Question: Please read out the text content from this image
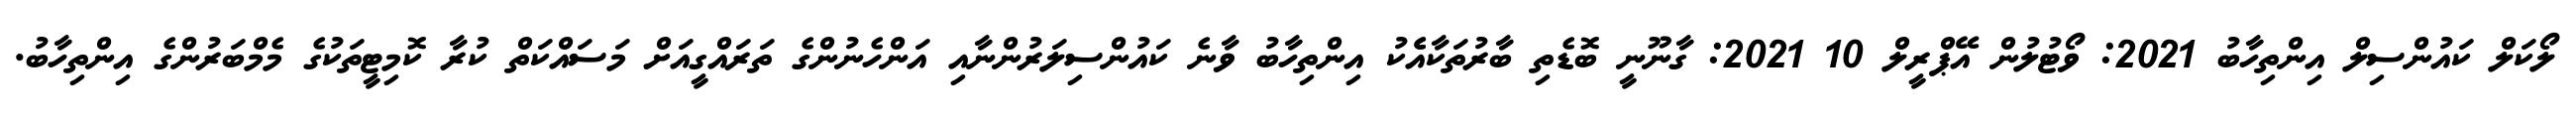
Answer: ލޯކަލް ކައުންސިލް އިންތިހާބު 2021: ވޯޓުލުން އޭޕްރީލް 10 2021: ގާނޫނީ ބޮޑެތި ބާރުތަކާއެެކު އިންތިހާބު ވާނެ ކައުންސިލަރުންނާއި އަންހެނުންގެ ތަރައްގީއަށް މަސައްކަތް ކުރާ ކޮމިޓީތަކުގެ މެމްބަރުންގެ އިންތިހާބު.